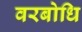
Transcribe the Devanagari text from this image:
वरबोधि